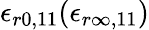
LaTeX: \epsilon_{r0,11}(\epsilon_{r\infty,11})